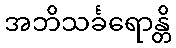
အဘိသင်္ခရောန္တိ